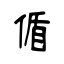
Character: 偱